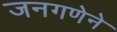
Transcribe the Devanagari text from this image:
जनगणेने